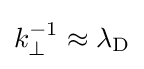
k_{\perp }^{-1}\approx \lambda _{\text{D}}